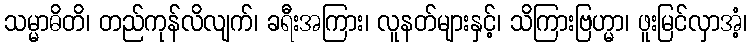
သမ္မာဓိတိ၊ တည်ကုန်လိလျက်၊ ခရီးအကြား၊ လူနတ်များနှင့်၊ သိကြားဗြဟ္မာ၊ ဖူးမြင်လှာအံ့၊